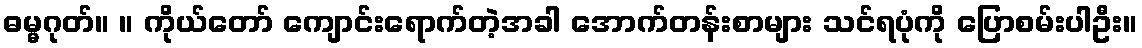
ဓမ္မဂုတ်။ ။ ကိုယ်တော် ကျောင်းရောက်တဲ့အခါ အောက်တန်းစာများ သင်ရပုံကို ပြောစမ်းပါဦး။